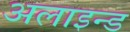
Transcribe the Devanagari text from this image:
अलाइन्ड